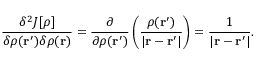
{ \frac { \delta ^ { 2 } J [ \rho ] } { \delta \rho ( \mathbf { r } ^ { \prime } ) \delta \rho ( \mathbf { r } ) } } = { \frac { \partial } { \partial \rho ( \mathbf { r } ^ { \prime } ) } } \left( { \frac { \rho ( \mathbf { r } ^ { \prime } ) } { | \mathbf { r } - \mathbf { r } ^ { \prime } | } } \right) = { \frac { 1 } { | \mathbf { r } - \mathbf { r } ^ { \prime } | } } .